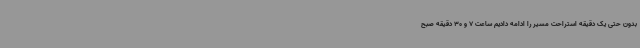
بدون حتی یک دقیقه استراحت مسیر را ادامه دادیم ساعت 7 و 30 دقیقه صبح